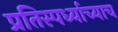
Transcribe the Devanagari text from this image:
प्रतिस्पर्ध्याच्याच